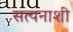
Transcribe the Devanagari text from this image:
सत्यनाशी